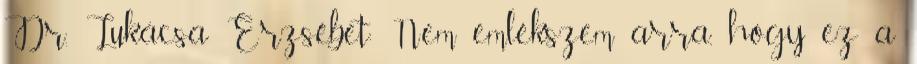
Dr. Lukácsa Erzsébet: Nem emlékszem arra, hogy ez a